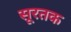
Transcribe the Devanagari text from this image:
सूरतक